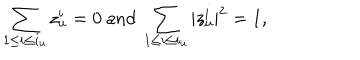
\sum _ { 1 \leq i \leq i _ { u } } z _ { u } ^ { i } = 0 \mathrm { ~ a n d ~ } \sum _ { 1 \leq i \leq i _ { u } } | z _ { u } ^ { i } | ^ { 2 } = 1 ,